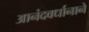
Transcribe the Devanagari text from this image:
आनंदवर्धानाने